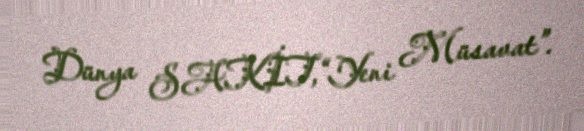
Dünya SAKİT,“Yeni Müsavat”.